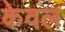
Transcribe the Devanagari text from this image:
केेवल